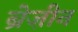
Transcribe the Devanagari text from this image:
ब्रेज़ीन